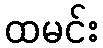
ထမင်း